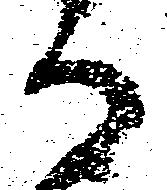
る